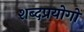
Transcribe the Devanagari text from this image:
शब्दप्रयोगों